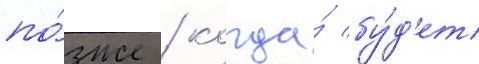
по́зже / когда́ бу́д'ет